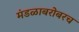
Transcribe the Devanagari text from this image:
मंडळाबरोबरच